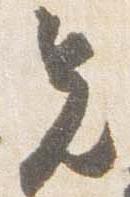
先